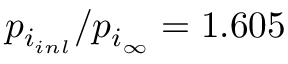
p _ { i _ { i n l } } / p _ { i _ { \infty } } = 1 . 6 0 5